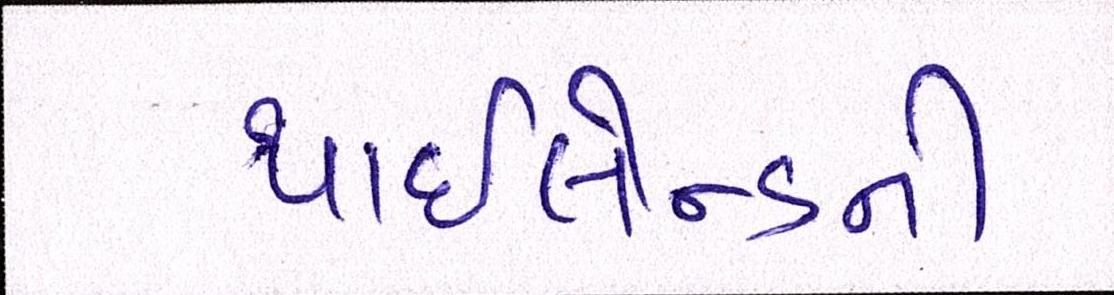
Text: થાઇલેન્ડની